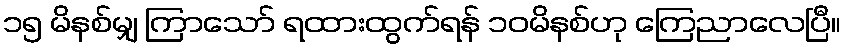
၁၅ မိနစ်မျှ ကြာသော် ရထားထွက်ရန် ၁၀မိနစ်ဟု ကြေညာလေပြီ။